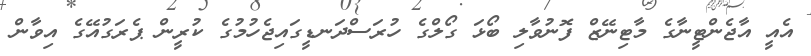
އެއީ އާޖެންޓީނާގެ މާޓިނޭޒް ފޮނުވާލި ބޯޅަ ގޯލްގެ ހުރަސްދަނޑީގައިޖެހުމުގެ ކުރީން ޕެރަގުއޭގެ އިވާން